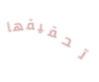
تحقيقها